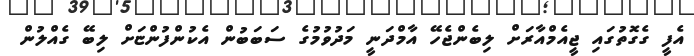
އެފީ ގެގޮތުގައި ޖީއެމްއާރަށް ލިބެންޖެހޭ އާމްދަނީ މަދުވުމުގެ ސަބަބުން އެކުންފުންޏަށް ލިބޭ ގެއްލުން